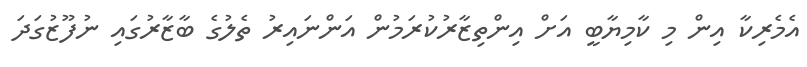
އެމެރިކާ އިން މި ކާމިޔާބީ އަށް އިންތިޒާރުކުރަމުން އަންނައިރު ތެލުގެ ބާޒާރުގައި ނުފޫޒުގަދަ